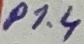
Text: P1.4